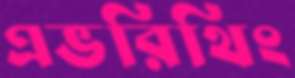
এভরিথিং